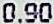
0.90